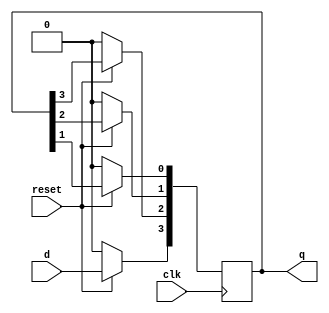
module shift_reg_sipo
#(parameter W=4)
( 
input clk,
input reset,
input  d,
output reg [W-1:0] q
    );

always @(posedge clk)
begin
	if(!reset)begin
		q<=0;
	end else begin
		q[3]<=d;
		q[2]<=q[3];
		q[1]<=q[2];
		q[0]<=q[1];
	end
end

endmodule